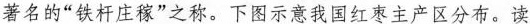
著名的”铁杆庄稼”之称。下图示意我国红枣主产区分布。读